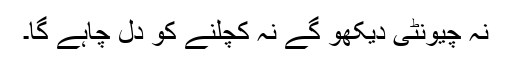
نہ چیونٹی دیکھو گے نہ کچلنے کو دل چاہے گا۔